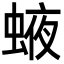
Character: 𧌊